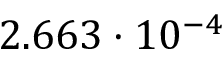
2 . 6 6 3 \cdot 1 0 ^ { - 4 }